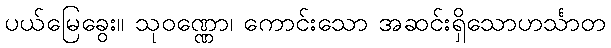
ပယ်မြေခွေး။ သုဝဏ္ဏော၊ ကောင်းသော အဆင်းရှိသောဟင်္သာတ